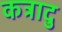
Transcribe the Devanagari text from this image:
कट्रादु